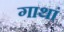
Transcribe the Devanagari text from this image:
गाथां